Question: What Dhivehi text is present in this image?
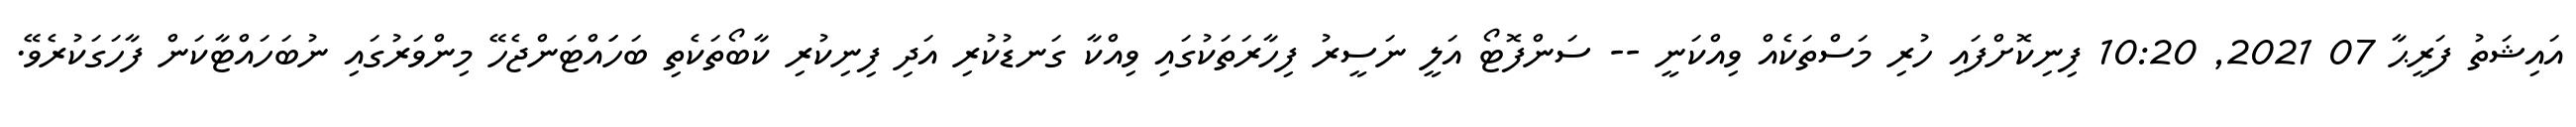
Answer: އައިޝަތު ފަރީޙާ 07 2021, 10:20 ފިނިކޮށްފައި ހުރި މަސްތަކެއް ވިއްކަނީ -- ސަންފޮޓޯ އަލީ ނަސީރު ފިހާރަތަކުގައި ވިއްކާ ގަނޑުކުރި އަދި ފިނިކުރި ކާބޯތަކެތި ބަހަައްޓަންޖެހޭ މިންވަރުގައި ނުބަހައްޓާކަން ފާހަގަކުރެވޭ.